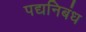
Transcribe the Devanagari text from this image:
पद्यनिबंध